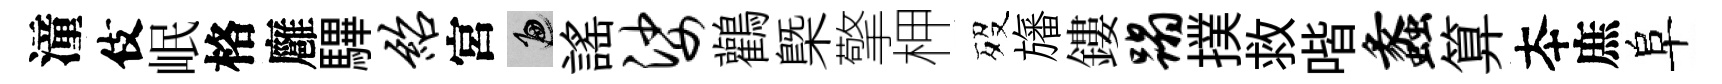
潼伎岷格廱驆绍宮遍謡娑鸛㮣擎柙歿旛鏤蹋撲救喈蠡算夲庶阜